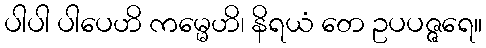
ပါပါ ပါပေဟိ ကမ္မေဟိ၊ နိရယံ တေ ဥပပဇ္ဇရေ။